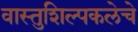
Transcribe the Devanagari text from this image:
वास्तुशिल्पकलेचे